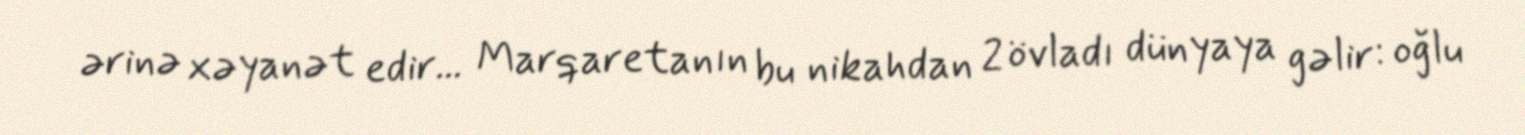
ərinə xəyanət edir... Marqaretanın bu nikahdan 2 övladı dünyaya gəlir: oğlu